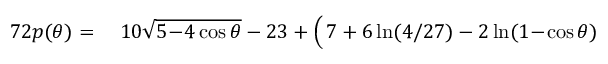
\begin{array} { r l } { 7 2 p ( \theta ) = } & { { } \; 1 0 \sqrt { 5 \! - \! 4 \cos \theta } - 2 3 + \Big ( \, 7 + 6 \ln ( 4 / 2 7 ) - 2 \ln ( 1 \! - \! \cos \theta ) } \end{array}